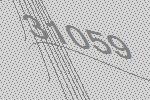
31059